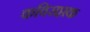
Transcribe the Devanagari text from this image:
कविसप्तक